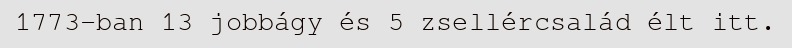
1773-ban 13 jobbágy és 5 zsellércsalád élt itt.